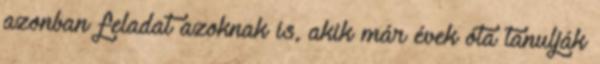
azonban feladat azoknak is, akik már évek óta tanulják